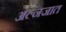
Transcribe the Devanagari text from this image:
अल्नजात